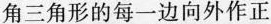
角三角形的每一边向外作正